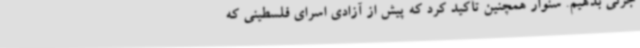
جزئی بدهیم. سنوار همچنین تأکید کرد که پیش از آزادی اسرای فلسطینی که